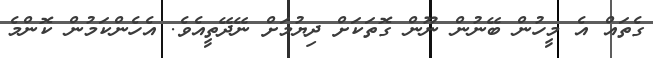
ގެތައް އެ މީހުން ބޭނުން ނޫން ގޮތަކަށް ދިޔުމަށް ނޭދޭތީއެވެ. އެހެންކަމުން ކޮންމެ